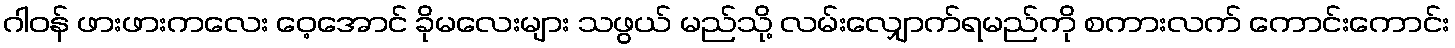
ဂါဝန် ဖားဖားကလေး ဝေ့အောင် ခိုမလေးများ သဖွယ် မည်သို့ လမ်းလျှောက်ရမည်ကို စကားလက် ကောင်းကောင်း